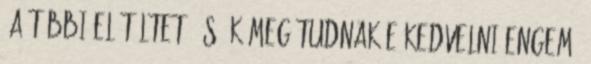
a többi elítéltet és ők meg tudnak-e kedvelni engem.